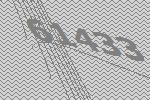
61433